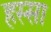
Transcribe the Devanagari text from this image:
हस्सा